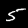
Digit: 5